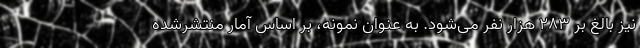
نیز بالغ بر ۲۸۳ هزار نفر می‌شود. به عنوان نمونه، بر اساس آمار منتشرشده